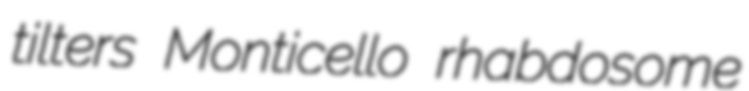
tilters Monticello rhabdosome